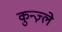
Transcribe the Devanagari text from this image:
कुन्ज़्ले